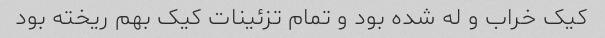
کیک خراب و له شده بود و تمام تزئینات کیک بهم ریخته بود